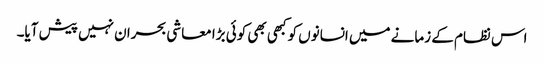
اس نظام کے زمانے میں انسانوں کو کبھی بھی کوئی بڑا معاشی بحران نہیں پیش آیا۔